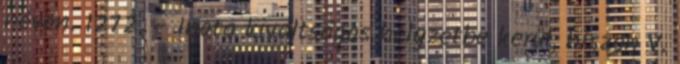
néven. 1272. – Inota kiváltságos helyzetbe kerül, hiszen V.